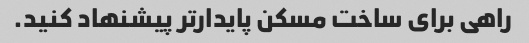
راهی برای ساخت مسکن پایدارتر پیشنهاد کنید.